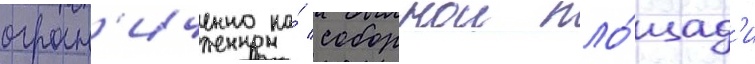
огран'иченно на́ соборнои пло́щад'и